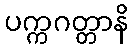
ပက္ကဂတ္တာနိ